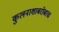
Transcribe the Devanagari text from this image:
कुलनाशाबरोबरच